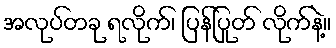
အလုပ်တခု ရလိုက်၊ ပြန်ပြုတ် လိုက်နဲ့။